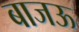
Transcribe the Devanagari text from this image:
बाजऊ